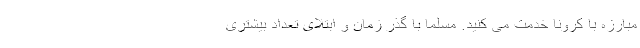
مبارزه با کرونا خدمت می کنید. مسلما با گذر زمان و ابتلای تعداد بیشتری